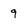
Character: 9